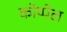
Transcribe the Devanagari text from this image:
कोप्पेल